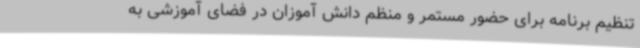
تنظیم برنامه برای حضور مستمر و منظم دانش آموزان در فضای آموزشی به